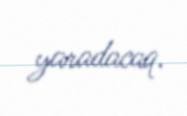
yaradacaq.